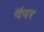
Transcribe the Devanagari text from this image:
पॅपर